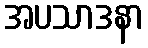
အပသာဒနာ